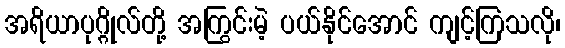
အရိယာပုဂ္ဂိုလ်တို့ အကြွင်းမဲ့ ပယ်နိုင်အောင် ကျင့်ကြသလို၊